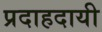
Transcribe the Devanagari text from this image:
प्रदाहदायी